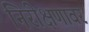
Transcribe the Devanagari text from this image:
निरीक्षणावर